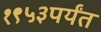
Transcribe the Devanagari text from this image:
१९५३पर्यंत